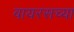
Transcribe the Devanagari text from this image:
वायरसच्या